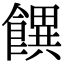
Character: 𩞫